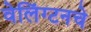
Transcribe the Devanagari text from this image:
वेलिंग्टनचे